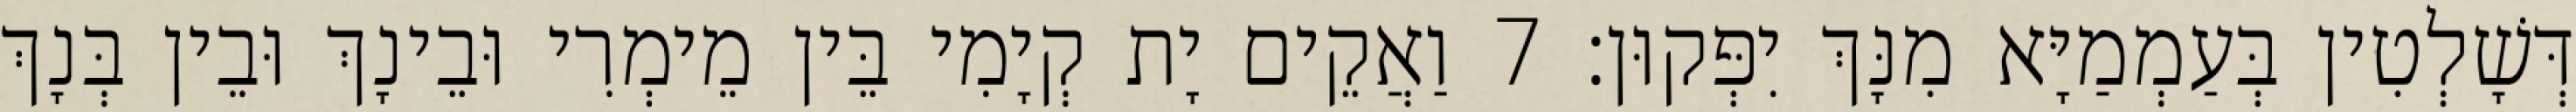
דְּשָׁלְטִין בְּעַמְמַיָּא מִנָּךְ יִפְּקוּן׃ 7 וַאֲקֵים יָת קְיָמִי בֵּין מֵימְרִי וּבֵינָךְ וּבֵין בְּנָךְ